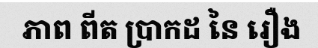
ភាព ពីត ប្រាកដ នៃ រឿង